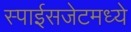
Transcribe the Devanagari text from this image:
स्पाईसजेटमध्ये